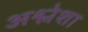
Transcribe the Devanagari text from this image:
अश्लेशा